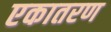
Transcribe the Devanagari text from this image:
एकातरण